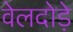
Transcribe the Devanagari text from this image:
वेलदोड़े